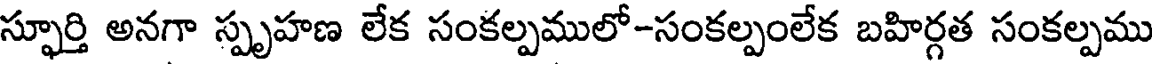
స్ఫూర్తి అనగా స్పృహణ లేక సంకల్పములో-సంకల్పంలేక బహిర్గత సంకల్పము